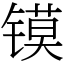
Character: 镆